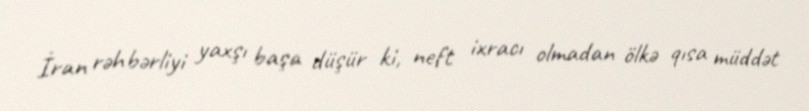
İran rəhbərliyi yaxşı başa düşür ki, neft ixracı olmadan ölkə qısa müddət